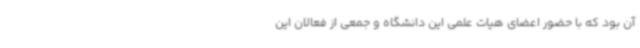
آن بود که با حضور اعضای هیات علمی این دانشگاه و جمعی از فعالان این